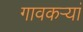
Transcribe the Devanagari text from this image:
गावकऱ्यां